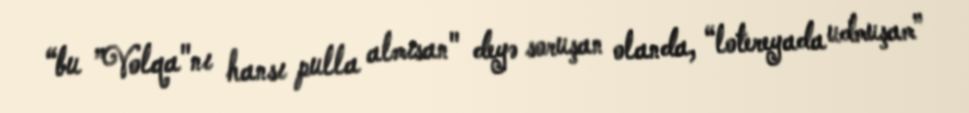
“bu ”Volqa"nı hansı pulla almısan" deyə soruşan olanda, “lotereyada udmuşam”